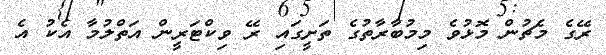
ރޭގެ މެޗުން މޮޅުވެ މިމުބާރާތުގެ ތަށީގައި ރޭ ވިކްޓަރީން އަތްލުމާ އެކު އެ